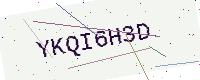
Text: YKQI6H3D